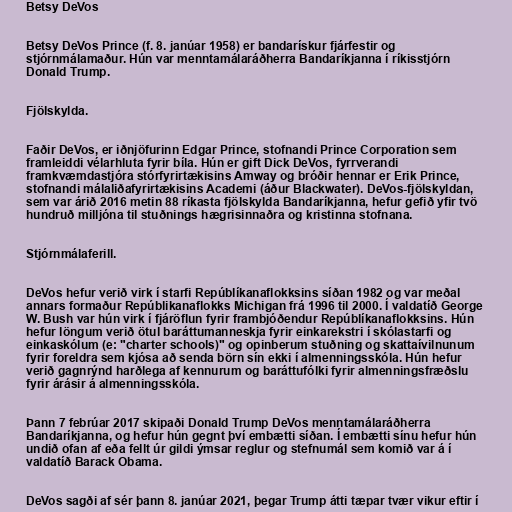
Betsy DeVos

Betsy DeVos Prince (f. 8. janúar 1958) er bandarískur fjárfestir og
stjórnmálamaður. Hún var menntamálaráðherra Bandaríkjanna í ríkisstjórn
Donald Trump.

Fjölskylda.

Faðir DeVos, er iðnjöfurinn Edgar Prince, stofnandi Prince Corporation sem
framleiddi vélarhluta fyrir bíla. Hún er gift Dick DeVos, fyrrverandi
framkvæmdastjóra stórfyrirtækisins Amway og bróðir hennar er Erik Prince,
stofnandi málaliðafyrirtækisins Academi (áður Blackwater). DeVos-fjölskyldan,
sem var árið 2016 metin 88 ríkasta fjölskylda Bandaríkjanna, hefur gefið yfir tvö
hundruð milljóna til stuðnings hægrisinnaðra og kristinna stofnana.

Stjórnmálaferill.

DeVos hefur verið virk í starfi Repúblíkanaflokksins síðan 1982 og var meðal
annars formaður Repúblikanaflokks Michigan frá 1996 til 2000. Í valdatíð George
W. Bush var hún virk í fjáröflun fyrir frambjóðendur Repúblíkanaflokksins. Hún
hefur löngum verið ötul baráttumanneskja fyrir einkarekstri í skólastarfi og
einkaskólum (e: "charter schools)" og opinberum stuðning og skattaívilnunum
fyrir foreldra sem kjósa að senda börn sín ekki í almenningsskóla. Hún hefur
verið gagnrýnd harðlega af kennurum og baráttufólki fyrir almenningsfræðslu
fyrir árásir á almenningsskóla.

Þann 7 febrúar 2017 skipaði Donald Trump DeVos menntamálaráðherra
Bandaríkjanna, og hefur hún gegnt því embætti síðan. Í embætti sínu hefur hún
undið ofan af eða fellt úr gildi ýmsar reglur og stefnumál sem komið var á í
valdatíð Barack Obama.

DeVos sagði af sér þann 8. janúar 2021, þegar Trump átti tæpar tvær vikur eftir í